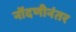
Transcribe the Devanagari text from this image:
नोंदणीनंतर